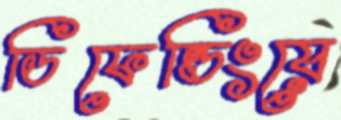
ডিফেন্ডিংয়ে